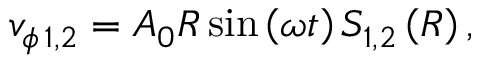
v _ { \phi \, 1 , 2 } = A _ { 0 } R \sin \left( \omega t \right) S _ { 1 , 2 } \left( R \right) ,